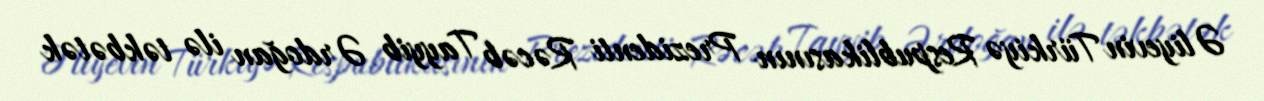
Əliyevin Türkiyə Respublikasının Prezidenti Rəcəb Tayyib Ərdoğan ilə təkbətək